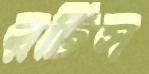
রটিস